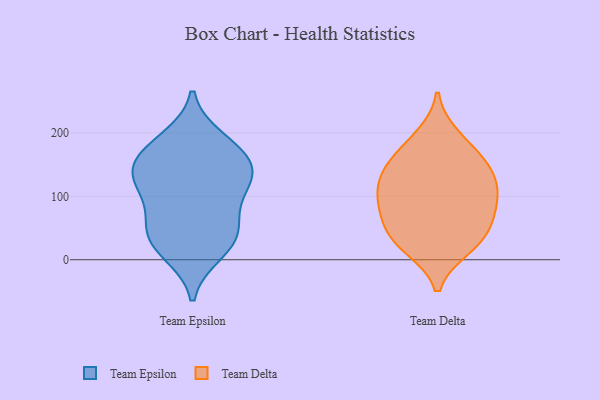
{"axis": {"x": "Energy Usage (MWh)", "y": "Value"}, "legend": ["Team Delta", "Team Epsilon"], "data": [{"x": "", "y": 131, "type": "Team Epsilon"}, {"x": "", "y": 121, "type": "Team Epsilon"}, {"x": "", "y": 107, "type": "Team Epsilon"}, {"x": "", "y": 129, "type": "Team Epsilon"}, {"x": "", "y": 172, "type": "Team Epsilon"}, {"x": "", "y": 149, "type": "Team Epsilon"}, {"x": "", "y": 189, "type": "Team Epsilon"}, {"x": "", "y": 12, "type": "Team Epsilon"}, {"x": "", "y": 58, "type": "Team Epsilon"}, {"x": "", "y": 168, "type": "Team Epsilon"}, {"x": "", "y": 57, "type": "Team Epsilon"}, {"x": "", "y": 34, "type": "Team Epsilon"}, {"x": "", "y": 27, "type": "Team Epsilon"}, {"x": "", "y": 44, "type": "Team Delta"}, {"x": "", "y": 141, "type": "Team Delta"}, {"x": "", "y": 173, "type": "Team Delta"}, {"x": "", "y": 23, "type": "Team Delta"}, {"x": "", "y": 94, "type": "Team Delta"}, {"x": "", "y": 146, "type": "Team Delta"}, {"x": "", "y": 141, "type": "Team Delta"}, {"x": "", "y": 20, "type": "Team Delta"}, {"x": "", "y": 107, "type": "Team Delta"}, {"x": "", "y": 110, "type": "Team Delta"}, {"x": "", "y": 71, "type": "Team Delta"}, {"x": "", "y": 83, "type": "Team Delta"}, {"x": "", "y": 194, "type": "Team Delta"}, {"x": "", "y": 42, "type": "Team Delta"}]}